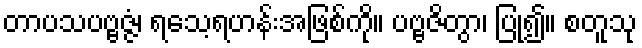
တာပသပဗ္ဗဇ္ဇံ၊ ရသေ့ရဟန်းအဖြစ်ကို။ ပဗ္ဗဇိတွာ၊ ပြု၍။ စတူသု